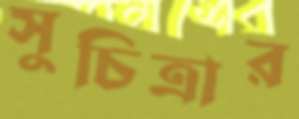
সুচিত্রার